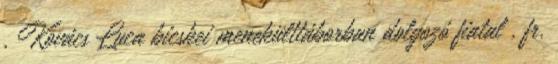
, Kovács Luca bicskei menekülttáborban dolgozó fiatal , fr.